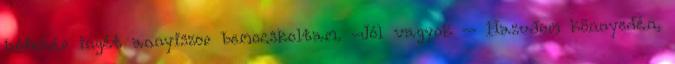
hófehér ingét annyiszor bemocskoltam. -Jól vagyok – Hazudom könnyedén,